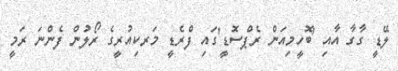
ލޭޑީ ގާގާ އާއި 'ބޮހީމިއަން ރެޕްސޮޑީ'ގައި ފްރެޑީ މަރކިއުރީގެ ރޯލުން ފެންނަ ރަމީ